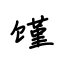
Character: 馑